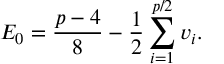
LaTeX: E _ { 0 } = \frac { p - 4 } { 8 } - \frac { 1 } { 2 } \sum _ { i = 1 } ^ { p / 2 } v _ { i } .